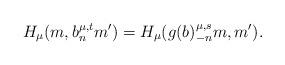
LaTeX: \begin{align*}H_\mu(m,b^{\mu,t}_nm')=H_\mu(g(b)^{\mu,s}_{-n}m,m').\end{align*}